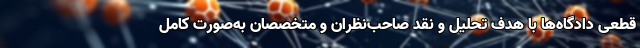
قطعی دادگاه‌ها با هدف تحلیل و نقد صاحب‌نظران و متخصصان به‌صورت کامل